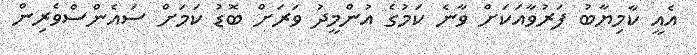
އެއީ ކާމިޔާބު ފަރުވާއަކަށް ވާނެ ކަމުގެ އުންމީދު ވަރަށް ބޮޑު ކަމަށް ސައެންސްވެރިން